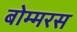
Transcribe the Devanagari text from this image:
बोम्मरस